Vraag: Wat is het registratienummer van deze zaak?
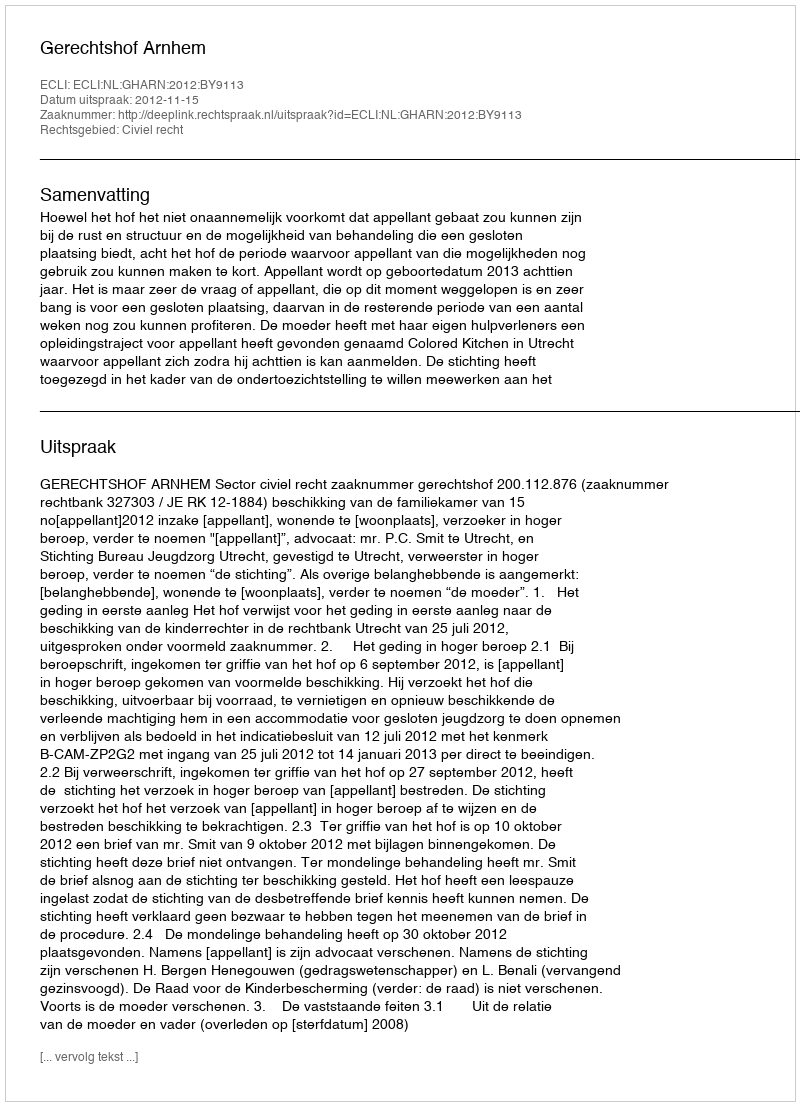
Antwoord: http://deeplink.rechtspraak.nl/uitspraak?id=ECLI:NL:GHARN:2012:BY9113